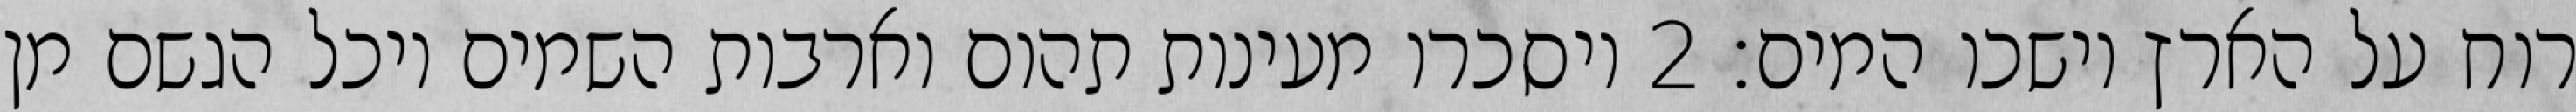
רוח על הארץ וישכו המים׃ ‎2‏ ויסכרו מעינות תהום וארבות השמים ויכל הגשם מן